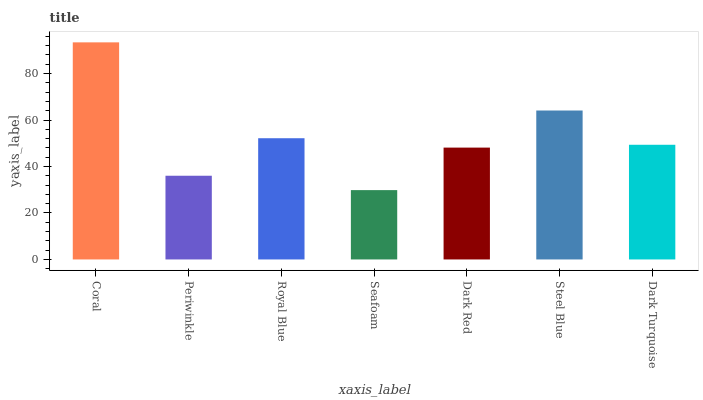
| xaxis_label | bars |
 | --- | --- |
 | Coral | 93.4 |
 | Periwinkle | 36 |
 | Royal Blue | 52.2 |
 | Seafoam | 29.8 |
 | Dark Red | 48.1 |
 | Steel Blue | 64.1 |
 | Dark Turquoise | 49.4 |